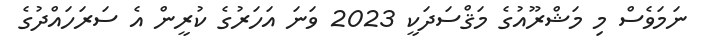
ނަމަވެސް މި މަޝްރޫއުގެ މަޤްސަދަކީ 2023 ވަނަ އަހަރުގެ ކުރީން އެ ސަރަހައްދުގެ